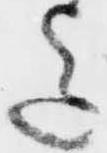
迄